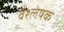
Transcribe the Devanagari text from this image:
वैश्लेषक